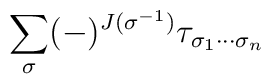
\sum_{\sigma }(-)^{J(\sigma ^{-1})}\tau _{\sigma _{1}\cdots \sigma _{n}}